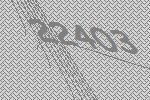
22403